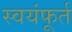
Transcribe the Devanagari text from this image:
स्वयंफूर्त